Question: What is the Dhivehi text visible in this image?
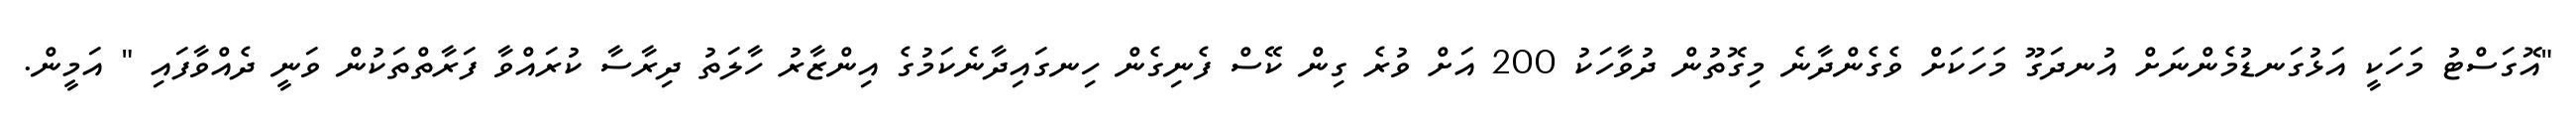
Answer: "އޮގަސްޓު މަހަކީ އަޅުގަނޑުމެންނަށް އުނދަގޫ މަހަކަށް ވެގެންދާނެ މިގޮތުން ދުވާހަކު 200 އަށް ވުރެ ގިން ކޭސް ފެނިގެން ހިނގައިދާނެކަމުގެ އިންޒާރު ހާލަތު ދިރާސާ ކުރައްވާ ފަރާތްތަކުން ވަނީ ދެއްވާފައި " އަމީން.